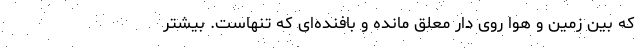
که بین زمین و هوا روی دار معلق مانده و بافنده‌ای که تنهاست. بیشتر